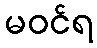
မဝင်ရ